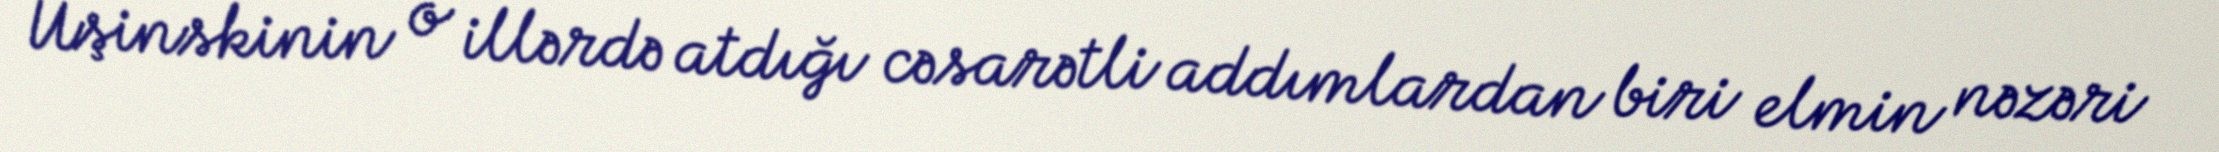
Uşinskinin o illərdə atdığı cəsarətli addımlardan biri elmin nəzəri